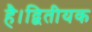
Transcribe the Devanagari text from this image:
है।द्वितीयक